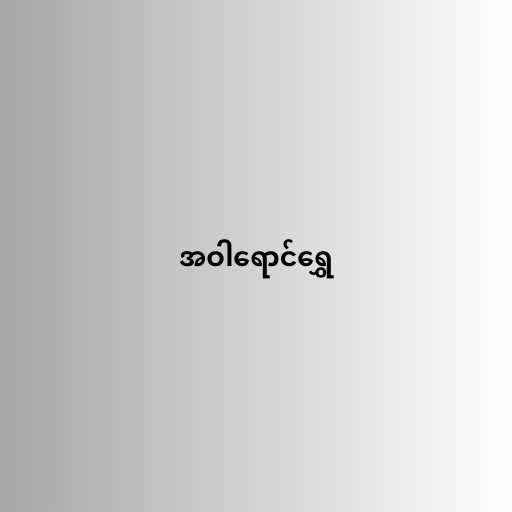
အဝါရောင်ရွှေ